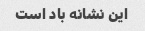
این نشانه باد است